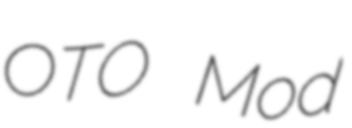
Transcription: OTO Mod